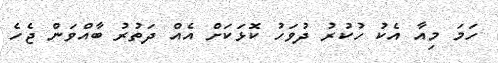
ހަމަ މިއާ އެކު ހުކުރު ދުވަހު ކޮޅަކަށް އެއް ދަތުރު ބާއްވަން ޖެހެ